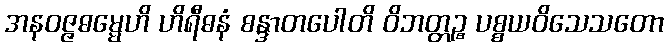
အနဝဇ္ဇဓမ္မေဟိ ဟိရီဓနံ စန္ဒာတပေါတိ ဝိဘတ္တဉ္စ ပစ္စယဝိသေသတော